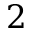
2